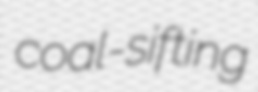
coal-sifting